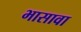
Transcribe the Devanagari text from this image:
भासावा